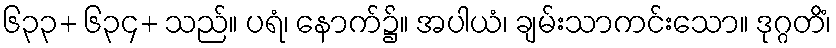
၆၃၃+ ၆၃၄+ သည်။ ပရံ၊ နောက်၌။ အပါယံ၊ ချမ်းသာကင်းသော။ ဒုဂ္ဂတိံ၊